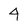
Character: 4